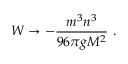
W \to - \frac { m ^ { 3 } n ^ { 3 } } { 9 6 \pi g M ^ { 2 } } \ .